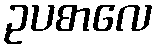
ဥပစာလေ